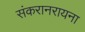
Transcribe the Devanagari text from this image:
संकरानरायना